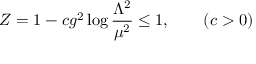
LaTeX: Z = 1 - c g ^ { 2 } \log { \frac { \Lambda ^ { 2 } } { \mu ^ { 2 } } } \leq 1 , \qquad ( c > 0 )